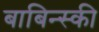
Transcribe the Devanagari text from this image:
बाबिन्स्की